Treatise on elephants
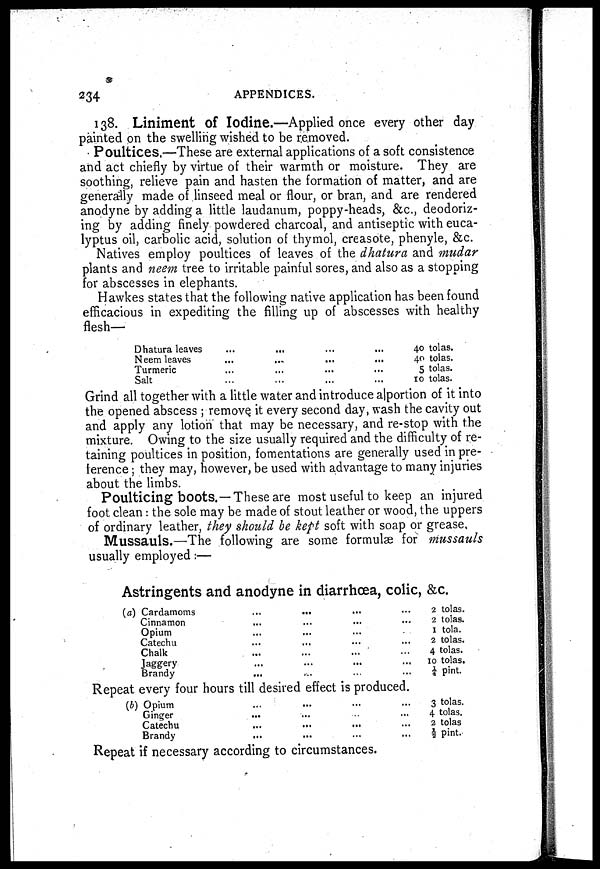
234
APPENDICES.
138. Liniment of Iodine.—Applied once every other day
painted on the swelling wished to be removed.
Poultices.—These are external applications of a soft consistence
and act chiefly by virtue of their warmth or moisture. They are
soothing, relieve pain and hasten the formation of matter, and are
generally made of linseed meal or flour, or bran, and are rendered
anodyne by adding a little laudanum, poppy-heads, &c., deodoriz-
ing by adding finely powdered charcoal, and antiseptic with euca-
lyptus oil, carbolic acid, solution of thymol, creasote, phenyle, &c.
Natives employ poultices of leaves of the dhatura and mudar
plants and neem tree to irritable painful sores, and also as a stopping
for abscesses in elephants.
Hawkes states that the following native application has been found
efficacious in expediting the filling up of abscesses with healthy
flesh—
Dhatura leaves ... ... ... ...
Neem leaves ... ... ... ...
Turmeric ... ... ... ...
Salt ... ... ... ...
40 tolas.
40 tolas.
5 tolas.
10 tolas.
Grind all together with a little water and introduce alportion of it into
the opened abscess ; remove, it every second day, wash the cavity out
and apply any lotion that may be necessary, and re-stop with the
mixture. Owing to the size usually required and the difficulty of re-
taining poultices in position, fomentations are generally used in pre-
lerence ; they may, however, be used with advantage to many injuries
about the limbs.
Poulticing boots.—These are most useful to keep an injured
foot clean : the sole may be made of stout leather or wood, the uppers
of ordinary leather, they should be kept soft with soap or grease.
Mussauls.—The following are some formulae for mussauls
usually employed :—
Astringents and anodyne in diarrhoea, colic, &c.
(a) Cardamoms ... ... ... ...
Cinnamon ... ... ... ...
Opium ... ... ... ...
Catechu ... ... ... ...
Chalk ... ... ... ...
Jaggery ... ... ... ...
Brandy ... ... ... ...
2 tolas.
2 tolas.
1 tola.
2 tolas.
4 tolas.
10 tolas.
¼ pint.
Repeat every four hours till desired effect is produced.
(b) Opium ... ... ... ...
Ginger ... ... ... ...
Catechu ... ... ... ...
Brandy ... ... ... ...
3 tolas.
4 tolas.
2 tolas
½ pint.
Repeat if necessary according to circumstances.